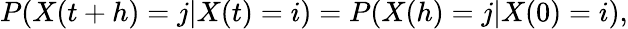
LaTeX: P(X(t+h)=j|X(t)=i)=P(X(h)=j|X(0)=i),